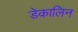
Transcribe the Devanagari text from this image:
डेकालिन